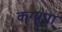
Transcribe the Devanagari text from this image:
कग्‍यूपा